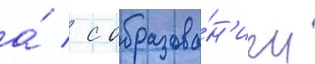
а́ / с образова́н'ием